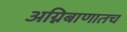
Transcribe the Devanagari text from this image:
अग्निबाणातच